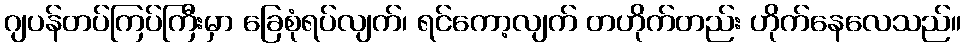
ဂျပန်တပ်ကြပ်ကြီးမှာ ခြေစုံရပ်လျက်၊ ရင်ကော့လျက် တဟိုက်တည်း ဟိုက်နေလေသည်။